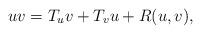
LaTeX: \begin{align*}uv=T_uv+T_vu+R(u,v),\end{align*}